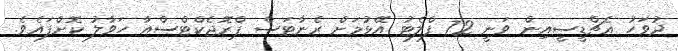
ދުވަހު އެޗްޑީސީއިން ވަނީ 72 ފްލެޓު އޭޅުމަށް ރެނާޓަސް ޕްރޮޖެކްޓްސްއާ ހަވާލު ކޮށްފައެވެ.